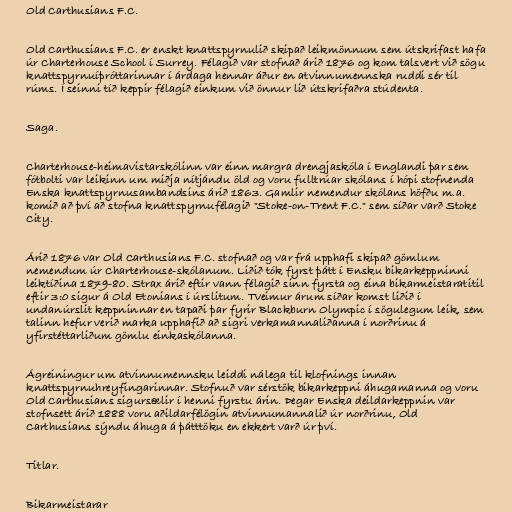
Old Carthusians F.C.

Old Carthusians F.C. er enskt knattspyrnulið skipað leikmönnum sem útskrifast hafa
úr Charterhouse School í Surrey. Félagið var stofnað árið 1876 og kom talsvert við sögu
knattspyrnuíþróttarinnar í árdaga hennar áður en atvinnumennska ruddi sér til
rúms. Í seinni tíð keppir félagið einkum við önnur lið útskrifaðra stúdenta.

Saga.

Charterhouse-heimavistarskólinn var einn margra drengjaskóla í Englandi þar sem
fótbolti var leikinn um miðja nítjándu öld og voru fulltrúar skólans í hópi stofnenda
Enska knattspyrnusambandsins árið 1863. Gamlir nemendur skólans höfðu m.a.
komið að því að stofna knattspyrnufélagið "Stoke-on-Trent F.C." sem síðar varð Stoke
City.

Árið 1876 var Old Carthusians F.C. stofnað og var frá upphafi skipað gömlum
nemendum úr Charterhouse-skólanum. Liðið tók fyrst þátt í Ensku bikarkeppninni
leiktíðina 1879-80. Strax árið eftir vann félagið sinn fyrsta og eina bikarmeistaratitil
eftir 3:0 sigur á Old Etonians í úrslitum. Tveimur árum síðar komst liðið í
undanúrslit keppninnar en tapaði þar fyrir Blackburn Olympic í sögulegum leik, sem
talinn hefur verið marka upphafið að sigri verkamannaliðanna í norðrinu á
yfirstéttarliðum gömlu einkaskólanna.

Ágreiningur um atvinnumennsku leiddi nálega til klofnings innan
knattspyrnuhreyfingarinnar. Stofnuð var sérstök bikarkeppni áhugamanna og voru
Old Carthusians sigursælir í henni fyrstu árin. Þegar Enska deildarkeppnin var
stofnsett árið 1888 voru aðildarfélögin atvinnumannalið úr norðrinu, Old
Carthusians sýndu áhuga á þátttöku en ekkert varð úr því.

Titlar.

Bikarmeistarar